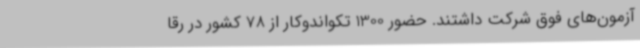
آزمون‌های فوق شرکت داشتند. حضور 1300 تکواندوکار از 78 کشور در رقا